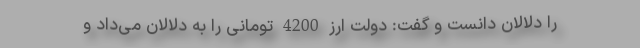
را دلالان دانست و گفت: دولت ارز 4200 تومانی را به دلالان می‌داد و